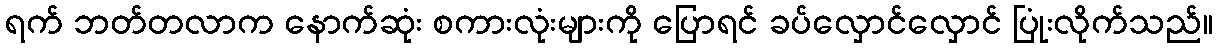
ရက် ဘတ်တလာက နောက်ဆုံး စကားလုံးများကို ပြောရင် ခပ်လှောင်လှောင် ပြုံးလိုက်သည်။